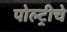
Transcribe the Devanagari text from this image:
पोल्ट्रीचे